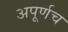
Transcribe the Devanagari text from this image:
अपूर्णच